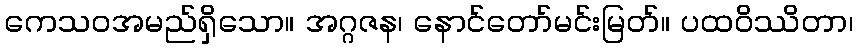
ကေသဝအမည်ရှိသော။ အဂ္ဂဇန၊ နောင်တော်မင်းမြတ်။ ပထဝိဿိတာ၊